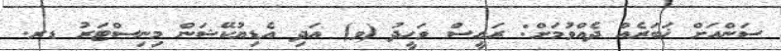
ސަންއަށް ޚަބަރެއް ދެއްވުމަށް: ރައީސް ވަހީދު (ވ) އަދި އެެޑިޔުކޭޝަން މިނިސްޓަރު ޑރ.